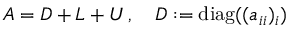
A = D + L + U \, , \quad D : = { \mathrm { d i a g } } ( ( a _ { i i } ) _ { i } )